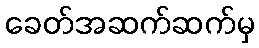
ခေတ်အဆက်ဆက်မှ